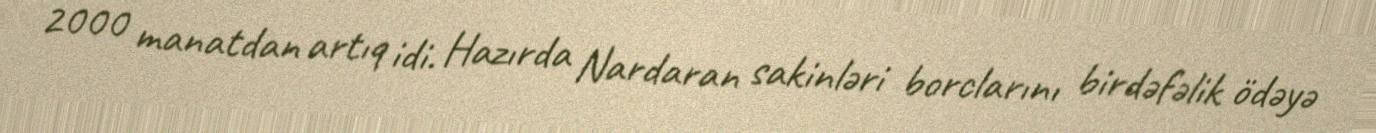
2000 manatdan artıq idi. Hazırda Nardaran sakinləri borclarını birdəfəlik ödəyə